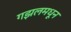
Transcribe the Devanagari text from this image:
गझलमधून